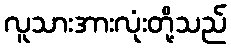
လူသားအားလုံးတို့သည်